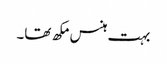
بہت ہنس مکھ تھا۔